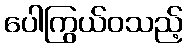
ပေါကြွယ်ဝသည့်